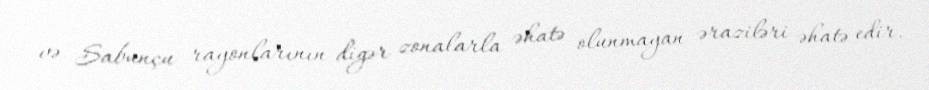
və Sabunçu rayonlarının digər zonalarla əhatə olunmayan əraziləri əhatə edir.